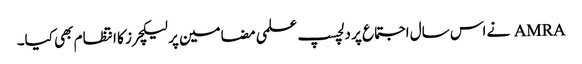
AMRA نے اس سال اجتماع پر دلچسپ علمی مضامین پر لیکچرز کا انتظام بھی کیا۔